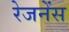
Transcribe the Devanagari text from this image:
रेजनेंस